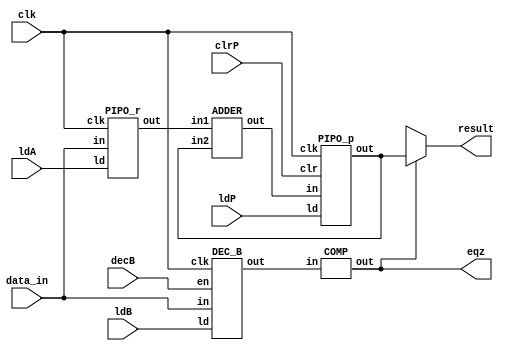
module Mul_datapath(result,eqz,data_in,ldA,ldB,ldP,clrP,decB,clk);
   input ldA,ldB,ldP,clrP,decB,clk;
   input [15:0] data_in;
   output 	eqz;
   output  reg [15:0] result;
   wire [15:0] 	 x,y,z,Bout,Bus ; //reg x,y,z,Bout are not permissible(port iss)


//always@(posedge clk)
 //if(eqz==0) 

   PIPO_r A(x,Bus,ldA,clk);
   PIPO_p P(y,z,ldP,clrP,clk);
   ADDER AD(z,x,y);
   DEC_B DB(Bout,Bus,ldB,decB,clk);
   COMP  CP(eqz,Bout);
always@(eqz ) begin
   result<=eqz ? y : 16'bx ; end
   assign Bus = data_in ;
   
endmodule // Mul_datapath

module controller(done,ldA,ldB,ldP,clrP,decB,start,data_in,eqz,clk);
   input start,eqz,clk;
   input [15:0] data_in;
   output reg ldA,ldB,ldP,clrP,decB,done;

   parameter s0=3'b000 , s1=3'b001 ,s2=3'b010 ,s3=3'b011 ,s4=3'b100 ;

   reg [2:0]state ;

   always@(posedge clk)
     case (state)
       s0 : state<= start ? s1 : s0 ;
       s1 : state<=s2;
       s2 : state<=s3;
       s3 : state<= eqz ? s4 : s3 ;
       s4 : state<=s4;
       
       default: state<=s0 ;
    endcase
 always@(state)
case (state)
  s0 :  {done,ldA,ldB,ldP,clrP,decB}=0 ;
  s1 : begin    {done,ldB,ldP,clrP,decB}=0 ; ldA=1 ;end
  s2 : begin     {done,ldA,ldP,decB}=0 ; ldB=1; clrP=1 ;end
  s3 : begin  {done,ldA,ldB,clrP}=0 ; ldP=1; decB=1; end
  s4 : begin  {ldA,ldB,ldP,clrP,decB}=0 ; done=1; end
  default :  {done,ldA,ldB,ldP,clrP,decB}=0 ;
endcase // case (state)
endmodule // controller


module PIPO_r(out,in,ld,clk);
   input  [15:0] in;
   input  ld, clk;
   output reg [15:0] out;
   always @ ( posedge clk ) begin
      if(ld==1) out<=in ;
   end
endmodule // PIPO_r



module PIPO_p(out,in,ld,clr,clk);
   input  [15:0] in;
   input  ld, clk,clr;
   output reg [15:0] out;
   always @ ( posedge clk ) begin
      case(1'b1)
	clr : out<=0 ;
	ld : out<=in ;
	endcase
	

/*if(clr==1) out<=0 ;            //why this shows as syntax error??
      
      elseif(ld==1) out<=in ; */
   end
endmodule // PIPO_p

module ADDER (out,in1,in2 ) ;
   input [15:0]in1,in2;
   output [15:0] out;
   assign out = in1+in2;
endmodule // ADDER

module DEC_B(out,in,ld,en,clk ) ;
   input  [15:0] in;
   input  ld, clk, en;
   output reg [15:0] out;
  
   
   always@(posedge clk)
     
   case (1'b1)
     ld : out<=in ;
     en : out<=out ? out-1: out;
     default :out<=out;
   endcase // case (1'b1)

   
endmodule // DEC_B

module COMP (out,in ) ;
   input [15:0]in ;
   output      out ;
   assign out= in ? 0 :1 ;
   
endmodule // COMP